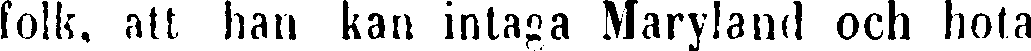
folk, att han kan intaga Maryland och hota